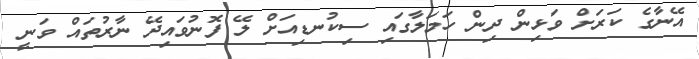
އޭނާގެ ކަރަށް ވަޅިން ދިން ހަމަލާގައި ސިކުނޑިއަށް ލޭ ފޮނުވައިދޭ ނާރުތައް ވަނީ